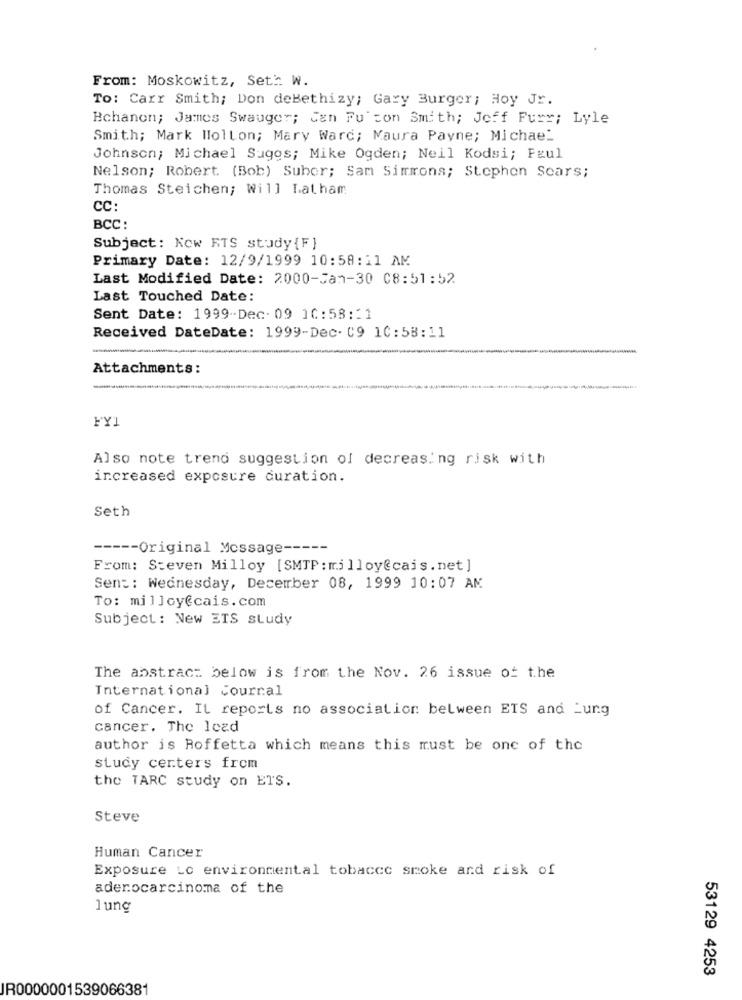
From: Moskowitz, Seth W.
To: Carr Smith; Don deBethizy; Gary Burger; Hoy Jr.
Bchanon; James Swauger; Can Fu con Smith; Jeff Fury; Lyle
Smith; Mark Holton; Mary Warc; Maura Payne; Michael
Johnson; Michael Sugos; Mike Ogden; Neil Kodsi; Faul
Nelson; Robert. (Bob) Subor; Sam Simmons; Stephen Scars;
Thomas Steichen; Will Latham
CC:
BCC:
Subject: Kow RTS study {F}
Primary Date: 12/9/1999 10:58:11 AM
Last Modified Date: 2000-Jan-30 08:51:52
Last Touched Date:
Sent Date: 1999-Dec. 09 10:58:11
Received DateDate: 1999-Dec- 09 10:58:11
Attachments:
FY1
Also note trend suggestion of decreasing risk with
increased exposure duration.
Seth
----- Original Message -----
From: Steven Milloy [SMTP : milloy@cais. net ]
Sent: Wednesday, December 08, 1999 10:07 AM
To: milloy@cais.com
Subject: New ETS study
The abstract below is from the Nov. 26 issue of the
International Courral
of Cancer. It reports no association between ETS and Lung
cancer. The lead
author is Roffetta which means this must be one of the
study centers from
the TARC study on ETS.
Steve
Human Cancer
Exposure Lo environmental tobacco smoke and risk of
adenocarcinoma of the
lung
53129 4253
JR0000001539066381